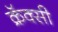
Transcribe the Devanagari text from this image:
क्रॅक्सी